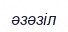
әзәзіл